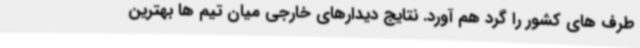
طرف های کشور را گرد هم آورد. نتایج دیدارهای خارجی میان تیم ها بهترین